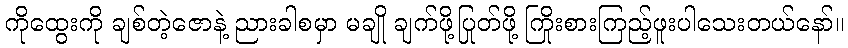
ကိုထွေးကို ချစ်တဲ့ဇောနဲ့ ညားခါစမှာ မချို ချက်ဖို့ပြုတ်ဖို့ ကြိုးစားကြည့်ဖူးပါသေးတယ်နော်။